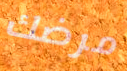
مرضك